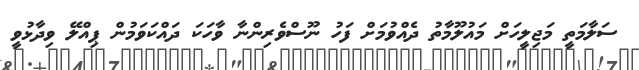
ސަލާމަތީ މަޖިލީހަށް މައުލޫމާތު ދެއްވުމަށް ފަހު ނޫސްވެރިންނާ ވާހަކަ ދައްކަވަމުން ޕިއްލޭ ވިދާޅުވީ